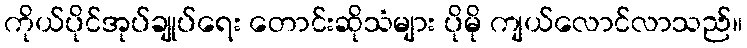
ကိုယ်ပိုင်အုပ်ချုပ်ရေး တောင်းဆိုသံများ ပိုမို ကျယ်လောင်လာသည်။